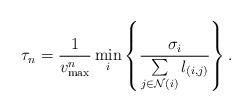
LaTeX: \begin{align*} \tau_n=\displaystyle\frac{1}{v^n_{\rm max}}\min_i\left\{\displaystyle\frac{\sigma_i}{\sum\limits_{j\in{\cal N}(i)}l_{(i,j)}}\right\}.\end{align*}